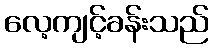
လေ့ကျင့်ခန်းသည်